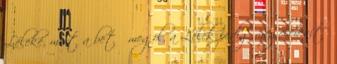
Léleké, mert a betű megöl, a Lélek pedig megelevenít”